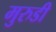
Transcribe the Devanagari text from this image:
मुरुडी